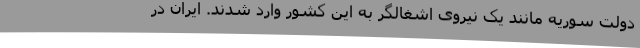
دولت سوریه مانند یک نیروی اشغالگر به این کشور وارد شدند. ایران در